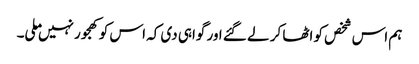
ہم اس شخص کو اٹھا کر لے گئے اور گواہی دی کہ اس کو کھجور نہیں ملی۔